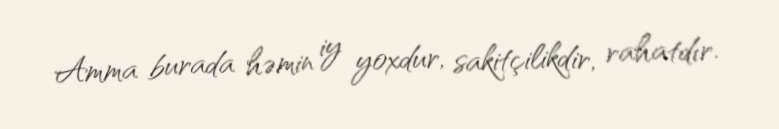
Amma burada həmin iy yoxdur, sakitçilikdir, rahatdır.